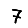
Digit: 7